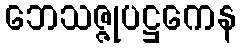
ဘေသဇ္ဇုပဋ္ဌကေန